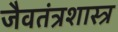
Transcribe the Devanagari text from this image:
जैवतंत्रशास्त्र